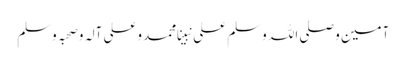
آمین وصلی اللہ وسلم علی نبینا محمد وعلی آلہ وصحبہ وسلم